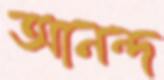
আনন্দ